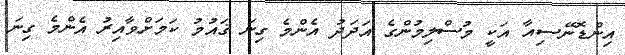
އިންޑޮނޭސިއާ އަކީ މުސްލިމުންގެ އަދަދު އެންމެ ގިނަ ޤައުމު ކަމަށްވާއިރު އެންމެ ގިނަ